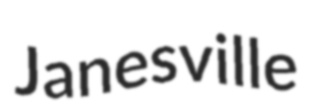
Janesville